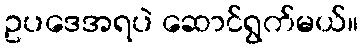
ဥပဒေအရပဲ ဆောင်ရွက်မယ်။